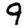
Digit: 9